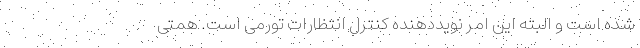
شده است و البته این امر نویددهنده کنترل انتظارات تورمی است. همتی